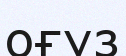
оғуз